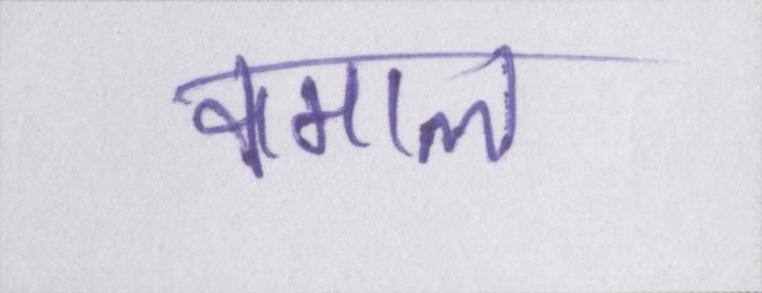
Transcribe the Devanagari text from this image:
कमाल